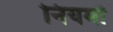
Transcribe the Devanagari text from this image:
नियमों